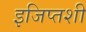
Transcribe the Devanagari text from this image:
इजिप्तशी